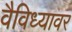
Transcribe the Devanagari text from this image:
वैविध्यावर